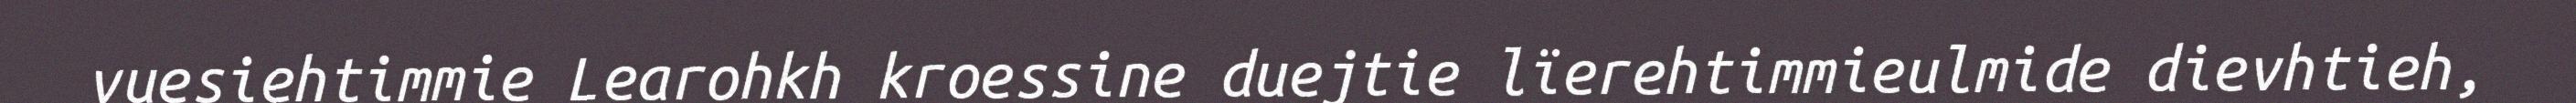
vuesiehtimmie Learohkh kroessine duejtie lïerehtimmieulmide dievhtieh,